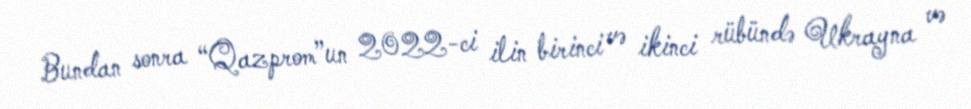
Bundan sonra “Qazprom”un 2022-ci ilin birinci və ikinci rübündə Ukrayna və